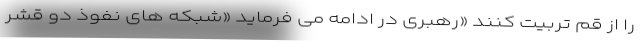
را از قم تربیت کنند «رهبری در ادامه می فرماید «شبکه های نفوذ دو قشر